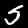
Label: 5